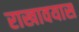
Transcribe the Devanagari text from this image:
राखावयास